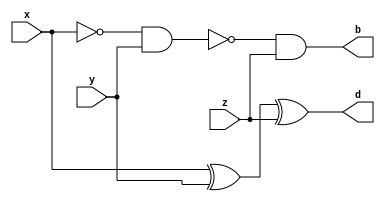
module half_adder(x,y,z,d,b);

input x, y, z;
output d, b;

assign d = x^y^z;
assign b = ~(~x&y)&z;

endmodule